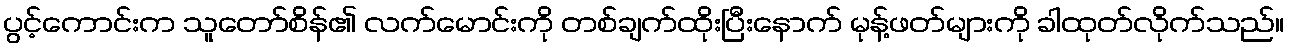
ပွင့်ကောင်းက သူတော်စိန်၏ လက်မောင်းကို တစ်ချက်ထိုးပြီးနောက် မုန့်ဖတ်များကို ခါထုတ်လိုက်သည်။